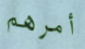
أمرهم